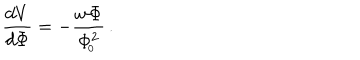
LaTeX: { \frac { d V } { d \Phi } } = - { \frac { w \Phi } { \Phi _ { \! _ { 0 } } ^ { 2 } } } \, .